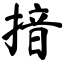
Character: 揞